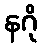
နဂို